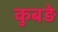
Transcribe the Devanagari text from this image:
कुबड़े